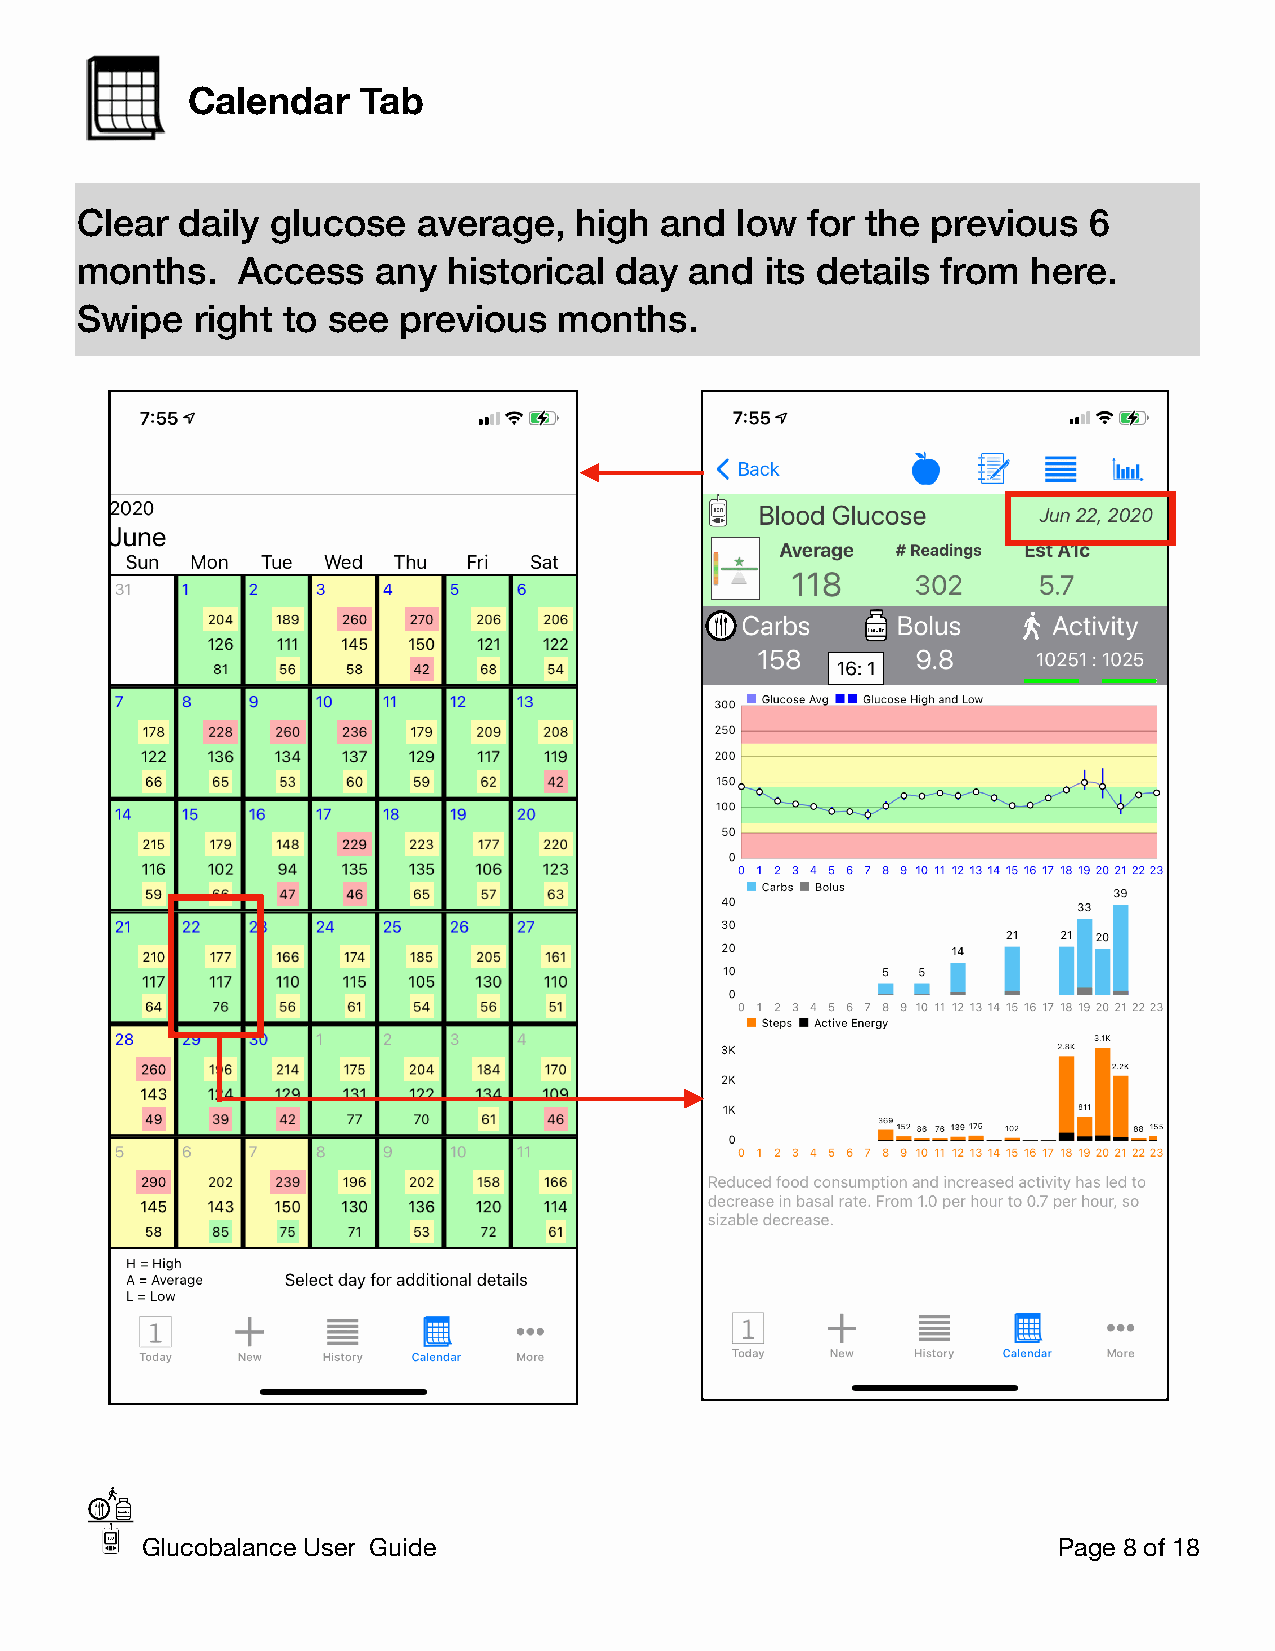
Calendar    Tab
 Clear  daily glucose   average,  high  and  low for the  previous  6
 months.    Access   any  historical day  and  its details from here.
 Swipe   right to see previous   months.
 Glucobalance User Guide                                      Page 8 of 18